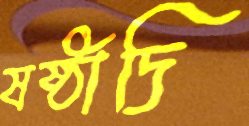
ষষ্ঠাদি